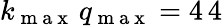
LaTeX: k_{\mathrm{~m~a~x~}}\, q_{\mathrm{~m~a~x~}}=4\, 4